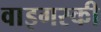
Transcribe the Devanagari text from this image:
वाइगस्की